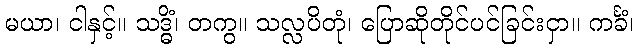
မယာ၊ ငါနှင့်။ သဒ္ဓိံ၊ တကွ။ သလ္လပိတုံ၊ ပြောဆိုတိုင်ပင်ခြင်းငှာ။ ကင်္ခံ၊